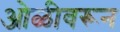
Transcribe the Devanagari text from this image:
ओळीवरून